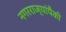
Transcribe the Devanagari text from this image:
नगरराज्यांपैकी